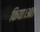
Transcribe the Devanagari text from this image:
किया।अत